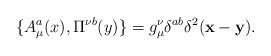
LaTeX: \begin{align*}\{A^a_\mu (x), \Pi^{\nu b} (y) \}= g_\mu^\nu \delta^{ab}\delta^2 ({\bf x} - {\bf y}).\end{align*}